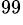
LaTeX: ^\mathrm{99}